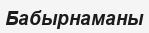
Бабырнаманы